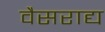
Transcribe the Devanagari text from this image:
वैसराद्य